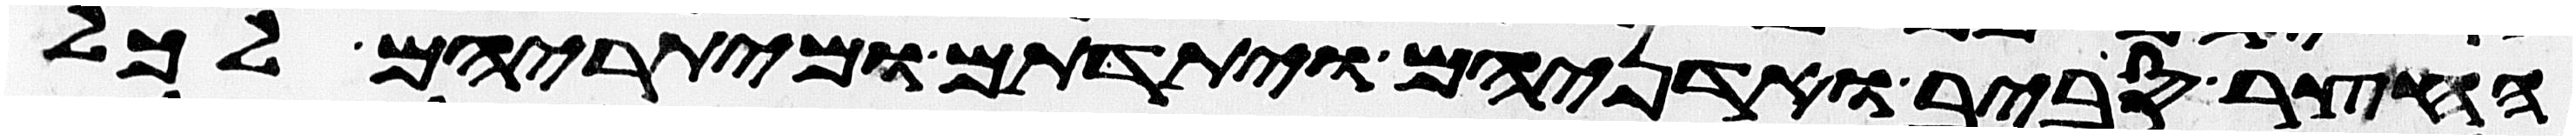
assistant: החצר סביב ואדניהם ויתדתם ומיתריהם לכל